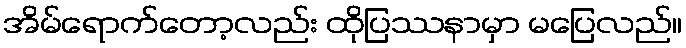
အိမ်ရောက်တော့လည်း ထိုပြဿနာမှာ မပြေလည်။